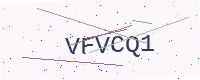
Text: VFVCQ1